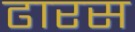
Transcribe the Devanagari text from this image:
ढारस